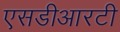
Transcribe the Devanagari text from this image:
एसडीआरटी